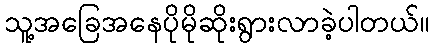
သူ့အခြေအနေပိုမိုဆိုးရွားလာခဲ့ပါတယ်။